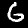
Label: 6